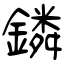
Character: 鏻